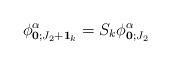
LaTeX: \begin{align*}\phi^{\alpha}_{\bold{0};J_2+\bold{1}_k}=S_k\phi^{\alpha}_{\bold{0;}J_2}\end{align*}